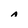
Character: A